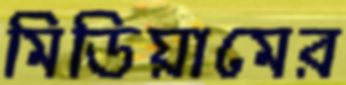
মিডিয়ামের